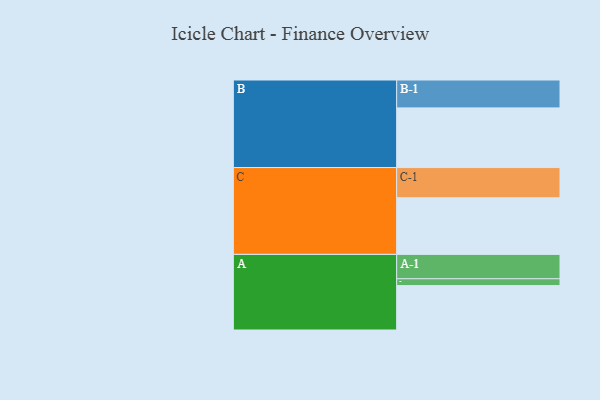
{"axis": {"x": "Segment", "y": "Value"}, "legend": ["", "A", "B", "C"], "data": [{"x": "A", "y": 428, "type": ""}, {"x": "B", "y": 575, "type": ""}, {"x": "C", "y": 546, "type": ""}, {"x": "A-1", "y": 235, "type": "A"}, {"x": "A-2", "y": 66, "type": "A"}, {"x": "B-1", "y": 269, "type": "B"}, {"x": "C-1", "y": 291, "type": "C"}]}